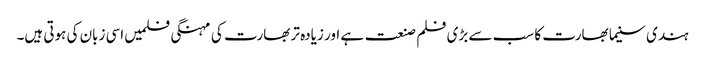
ہندی سنیما بھارت کا سب سے بڑی فلم صنعت ہے اور زیادہ تر بھارت کی مہنگی فلمیں اسی زبان کی ہوتی ہیں۔